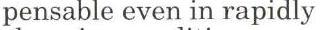
pensable even in rapidly